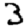
Digit: 3